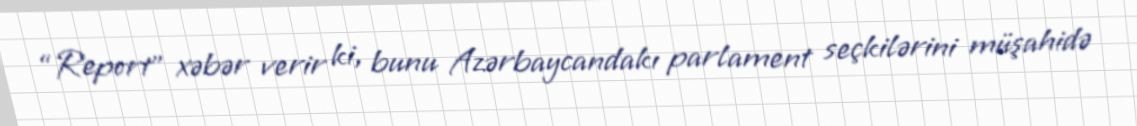
“Report” xəbər verir ki, bunu Azərbaycandakı parlament seçkilərini müşahidə